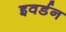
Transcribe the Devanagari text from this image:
इवर्डन